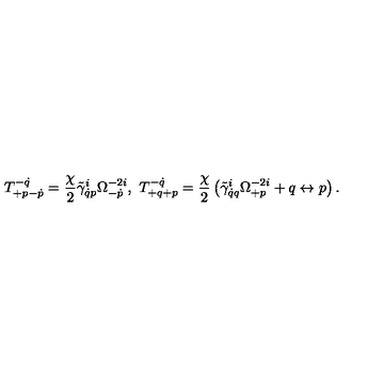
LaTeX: T _ { + p - \dot { p } } ^ { - \dot { q } } = \frac { \chi } { 2 } \tilde { \gamma } _ { \dot { q } p } ^ { i } \Omega _ { - \dot { p } } ^ { - 2 i } , \ T _ { + q + p } ^ { - \dot { q } } = \frac { \chi } { 2 } \left( \tilde { \gamma } _ { \dot { q } q } ^ { i } \Omega _ { + p } ^ { - 2 i } + q \leftrightarrow p \right) .